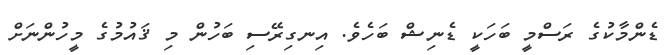
ޑެންމާކުގެ ރަސްމީ ބަހަކީ ޑެނިޝް ބަހެވެ. އިނގިރޭސި ބަހުން މި ޤައުމުގެ މީހުންނަށް